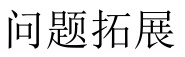
问题拓展